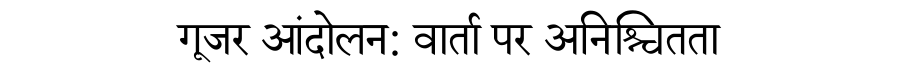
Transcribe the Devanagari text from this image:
गूजर आंदोलन: वार्ता पर अनिश्चितता